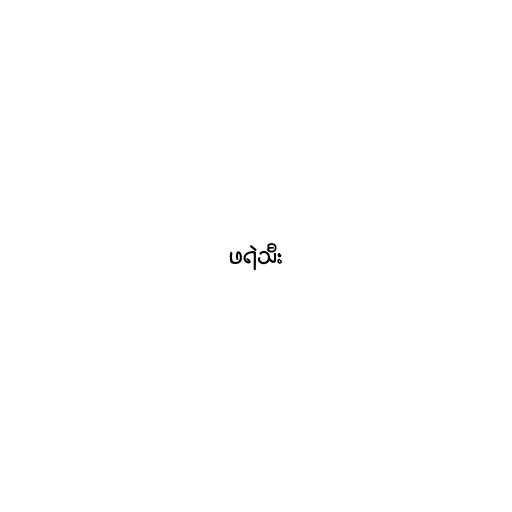
ဖရဲသီး